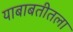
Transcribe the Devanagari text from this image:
याबाबतीतला